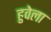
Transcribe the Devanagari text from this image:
हुवेला